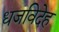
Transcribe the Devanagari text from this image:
धजविदेह